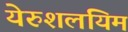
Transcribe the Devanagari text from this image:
येरुशलयिम